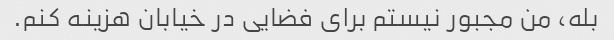
بله، من مجبور نیستم برای فضایی در خیابان هزینه کنم.